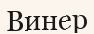
Винер